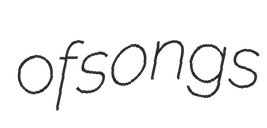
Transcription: of songs